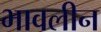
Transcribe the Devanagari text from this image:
भावलीन